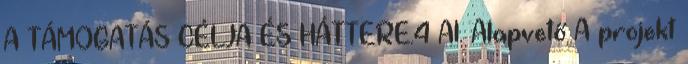
A TÁMOGATÁS CÉLJA ÉS HÁTTERE.4 A1. Alapvető A projekt